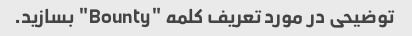
توضیحی در مورد تعریف کلمه "Bounty" بسازید.